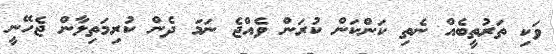
ވަކި ތަރުތީބެއް ނެތި ކަންކަން ކުރަން ވެއްޖެ ނަމަ ދެން ކުރިމަތިލާން ޖެހޭނީ